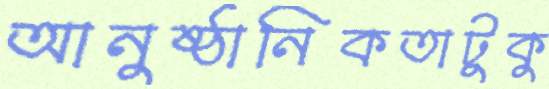
আনুষ্ঠানিকতাটুকু